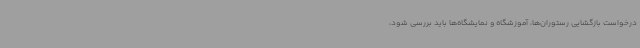
درخواست بازگشایی رستوران‌ها، آموزشگاه و نمایشگاه‌ها باید بررسی شود،